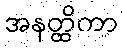
အနတ္ထိကာ